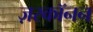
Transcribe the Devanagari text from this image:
ज़रकॉनन